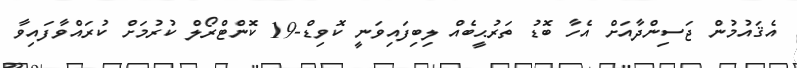
އެޤައުމުން ޖަސިންދާއަށް އެހާ ބޮޑު ތަރުޙީބެއް ލިބިފައިވަނީ ކޮވިޑް-19 ކޮންޓްރޯލް ކުރުމަށް ކުރައްވާފައިވާ